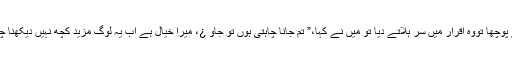
“ میں نے پوچھا تووہ اقرار میں سر ہلاتے دیا تو میں نے کہا،” تم جانا چاہتی ہوں تو جاو ¿، میرا خیال ہے اب یہ لوگ مزید کچھ نہیں دیکھنا چاہیں گے۔